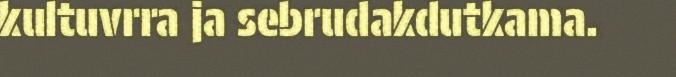
kultuvrra ja sebrudakdutkama.